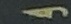
و